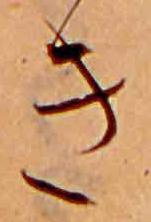
き